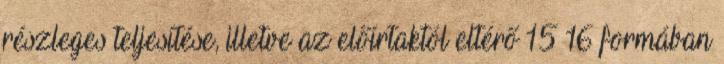
részleges teljesítése, illetve az előírtaktól eltérő 15 16 formában